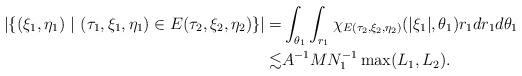
LaTeX: \begin{align*} | \{ (\xi_1, \eta_1) \ | \ (\tau_1, \xi_1, \eta_1) \in E(\tau_2, \xi_2,\eta_2) \} |= & \int_{\theta_1} \int_{r_1} {\chi}_{E(\tau_2,\xi_2,\eta_2)} (|\xi_1|, \theta_1) r_1 d r_1 d \theta_1 \\\lesssim &A^{-1}M N_1^{-1} \max (L_1, L_2).\end{align*}